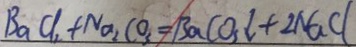
B a C l _ { 3 } + N a _ { 2 } C O _ { 3 } = B a C O _ { 3 } \downarrow + 2 N a C l